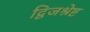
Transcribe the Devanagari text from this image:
द्विजश्रेष्ट